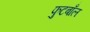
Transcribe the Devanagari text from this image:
फुटबाँल